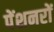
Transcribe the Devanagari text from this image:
पेंशनरों